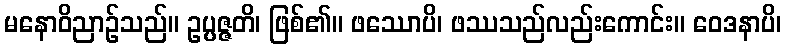
မနောဝိညာဉ်သည်။ ဥပ္ပဇ္ဇတိ၊ ဖြစ်၏။ ဖဿောပိ၊ ဖဿသည်လည်းကောင်း။ ဝေဒနာပိ၊